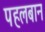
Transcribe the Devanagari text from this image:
पहलबान